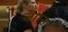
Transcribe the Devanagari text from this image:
जास्स